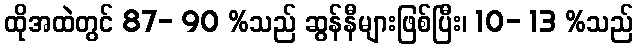
ထိုအထဲတွင် 87- 90 %သည် ဆွန်နီများဖြစ်ပြီး၊ 10- 13 %သည်